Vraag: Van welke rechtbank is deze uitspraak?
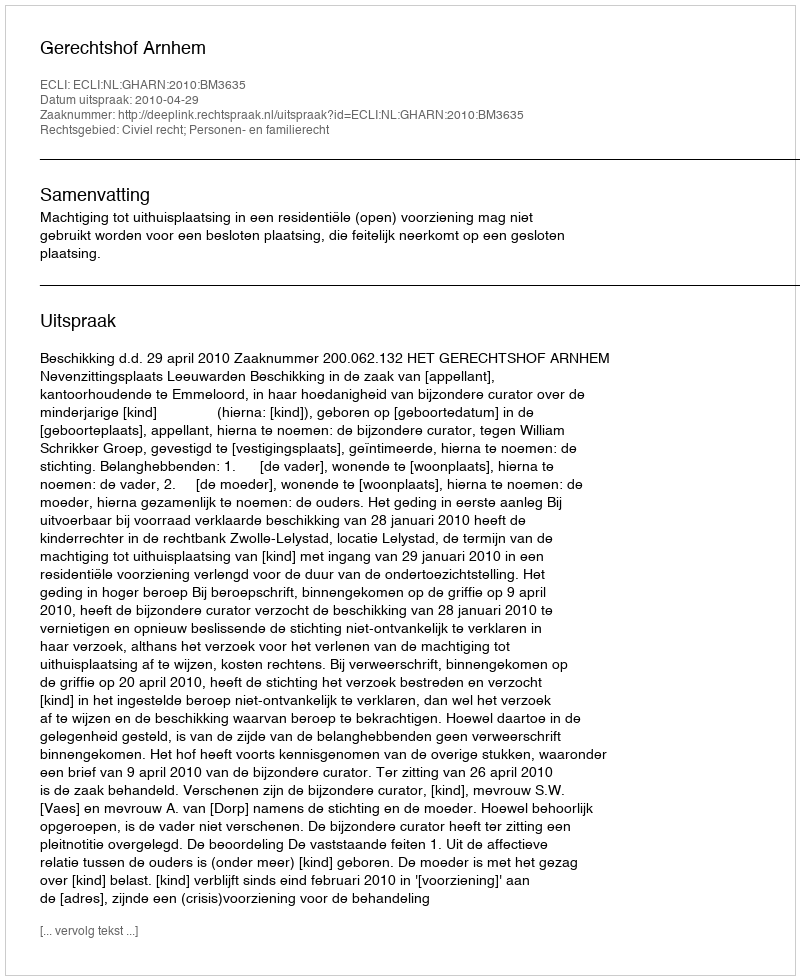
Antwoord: Gerechtshof Arnhem